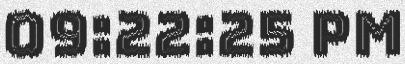
09:22:25 PM